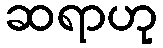
ဆရာဟု